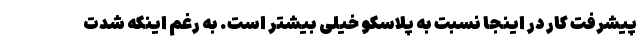
پیشرفت کار در اینجا نسبت به پلاسکو خیلی بیشتر است. به رغم اینکه شدت